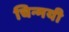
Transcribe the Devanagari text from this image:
चिन्मयी